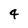
Character: 4